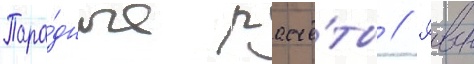
Пара́дные расчё́ты // Рвсн